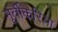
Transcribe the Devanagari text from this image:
मूर्तीकरिता